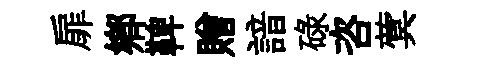
扉郷鞞贈諳碌咨蓂